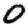
Digit: 0